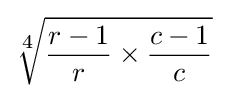
{\sqrt[{\scriptstyle 4}]{{r-1 \over r}\times {c-1 \over c}}}